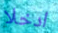
ادخلا